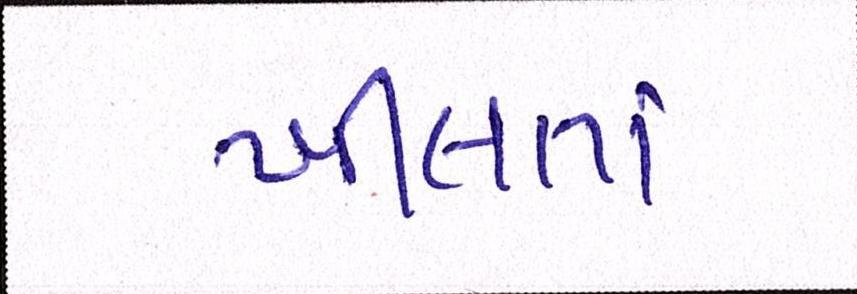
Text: ખીલતાં